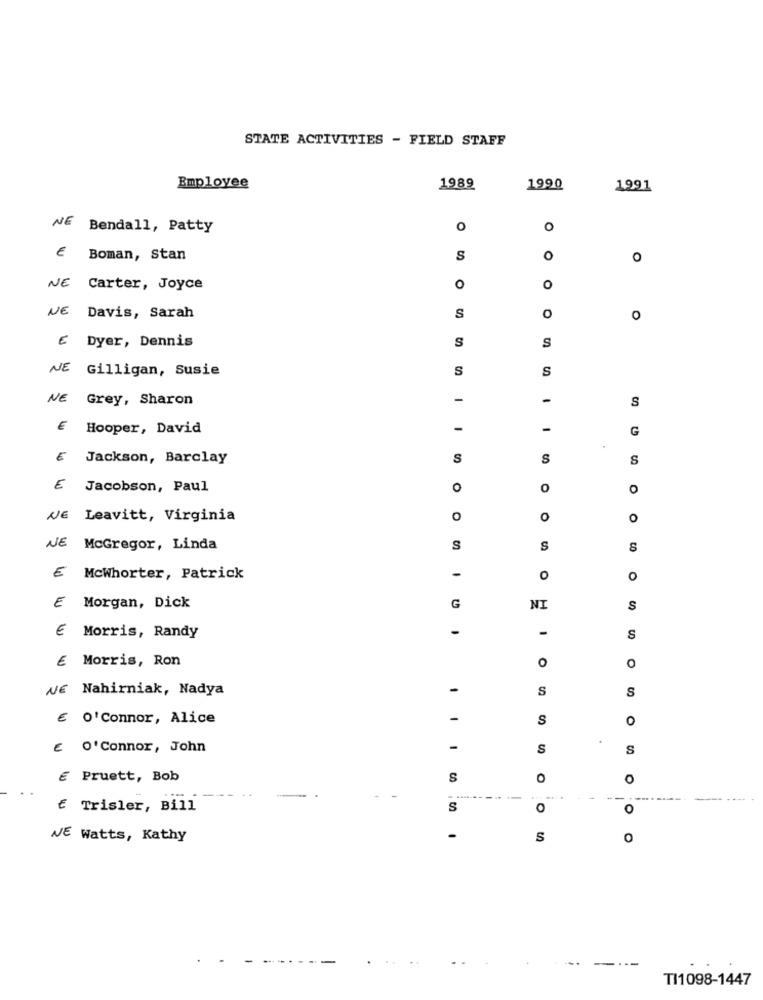
STATE ACTIVITIES - FIELD STAFF
Employee
1989
1990
1991
NE Bendall, Patty
O
O
€ Boman, Stan
S
0
O
WE Carter, Joyce
o
O
O
NE Davis, Sarah
S
O
E Dyer, Dennis
S
S
NE Gilligan, Susie
S
S
NE Grey, Sharon
-
-
S
€ Hooper, David
-
-
G
E Jackson, Barclay
S
S
S
E Jacobson, Paul
O
O
o
NE
Leavitt, Virginia
O
O
0
NE McGregor, Linda
S
S
CO
E Mcwhorter, Patrick
-
O
O
E
Morgan, Dick
G
NI
s
-
€ Morris, Randy
S
Morris, Ron
O
NE Nahirniak, Nadya
1
S
S
€ O'Connor, Alice
-
S
o
€ O'Connor, John
-
S
S
E Pruett, Bob
S
O
€ Trisler, Bill
S
O
O
WE Watts, Kathy
S
O
TI1098-1447